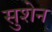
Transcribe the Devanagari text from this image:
सुशेन